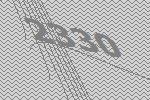
2330